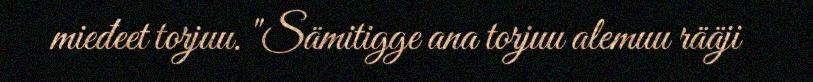
mieđeet torjuu. "Sämitigge ana torjuu alemuu rääji